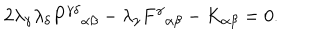
LaTeX: 2 \lambda _ { \gamma } \lambda _ { \delta } P ^ { \gamma \delta } { } _ { \alpha \beta } - \lambda _ { \gamma } F ^ { \gamma } { } _ { \alpha \beta } - K _ { \alpha \beta } = 0 .